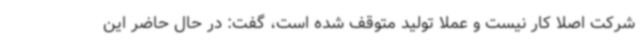
شرکت اصلا کار نیست و عملا تولید متوقف شده است، گفت: در حال حاضر این